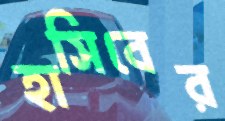
হাসিবের